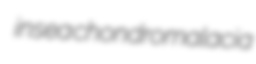
insea chondromalacia